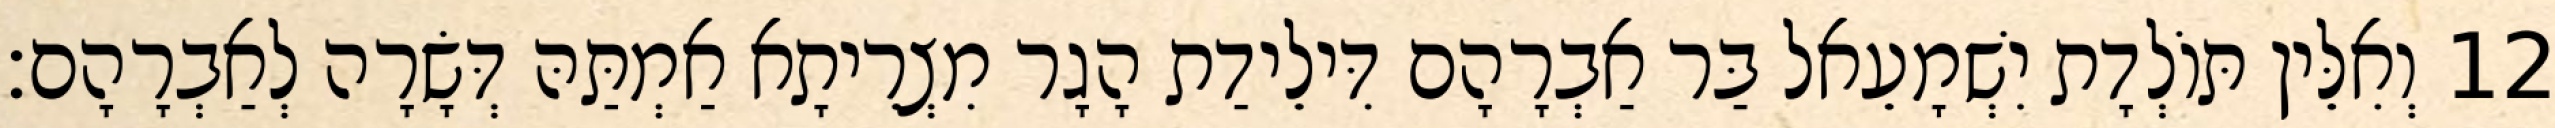
12 וְאִלֵּין תּוֹלְדָת יִשְׁמָעֵאל בַּר אַבְרָהָם דִּילֵידַת הָגָר מִצְרֵיתָא אַמְתַּהּ דְּשָׂרָה לְאַבְרָהָם׃